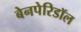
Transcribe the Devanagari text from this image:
बेनपेरिडॉल